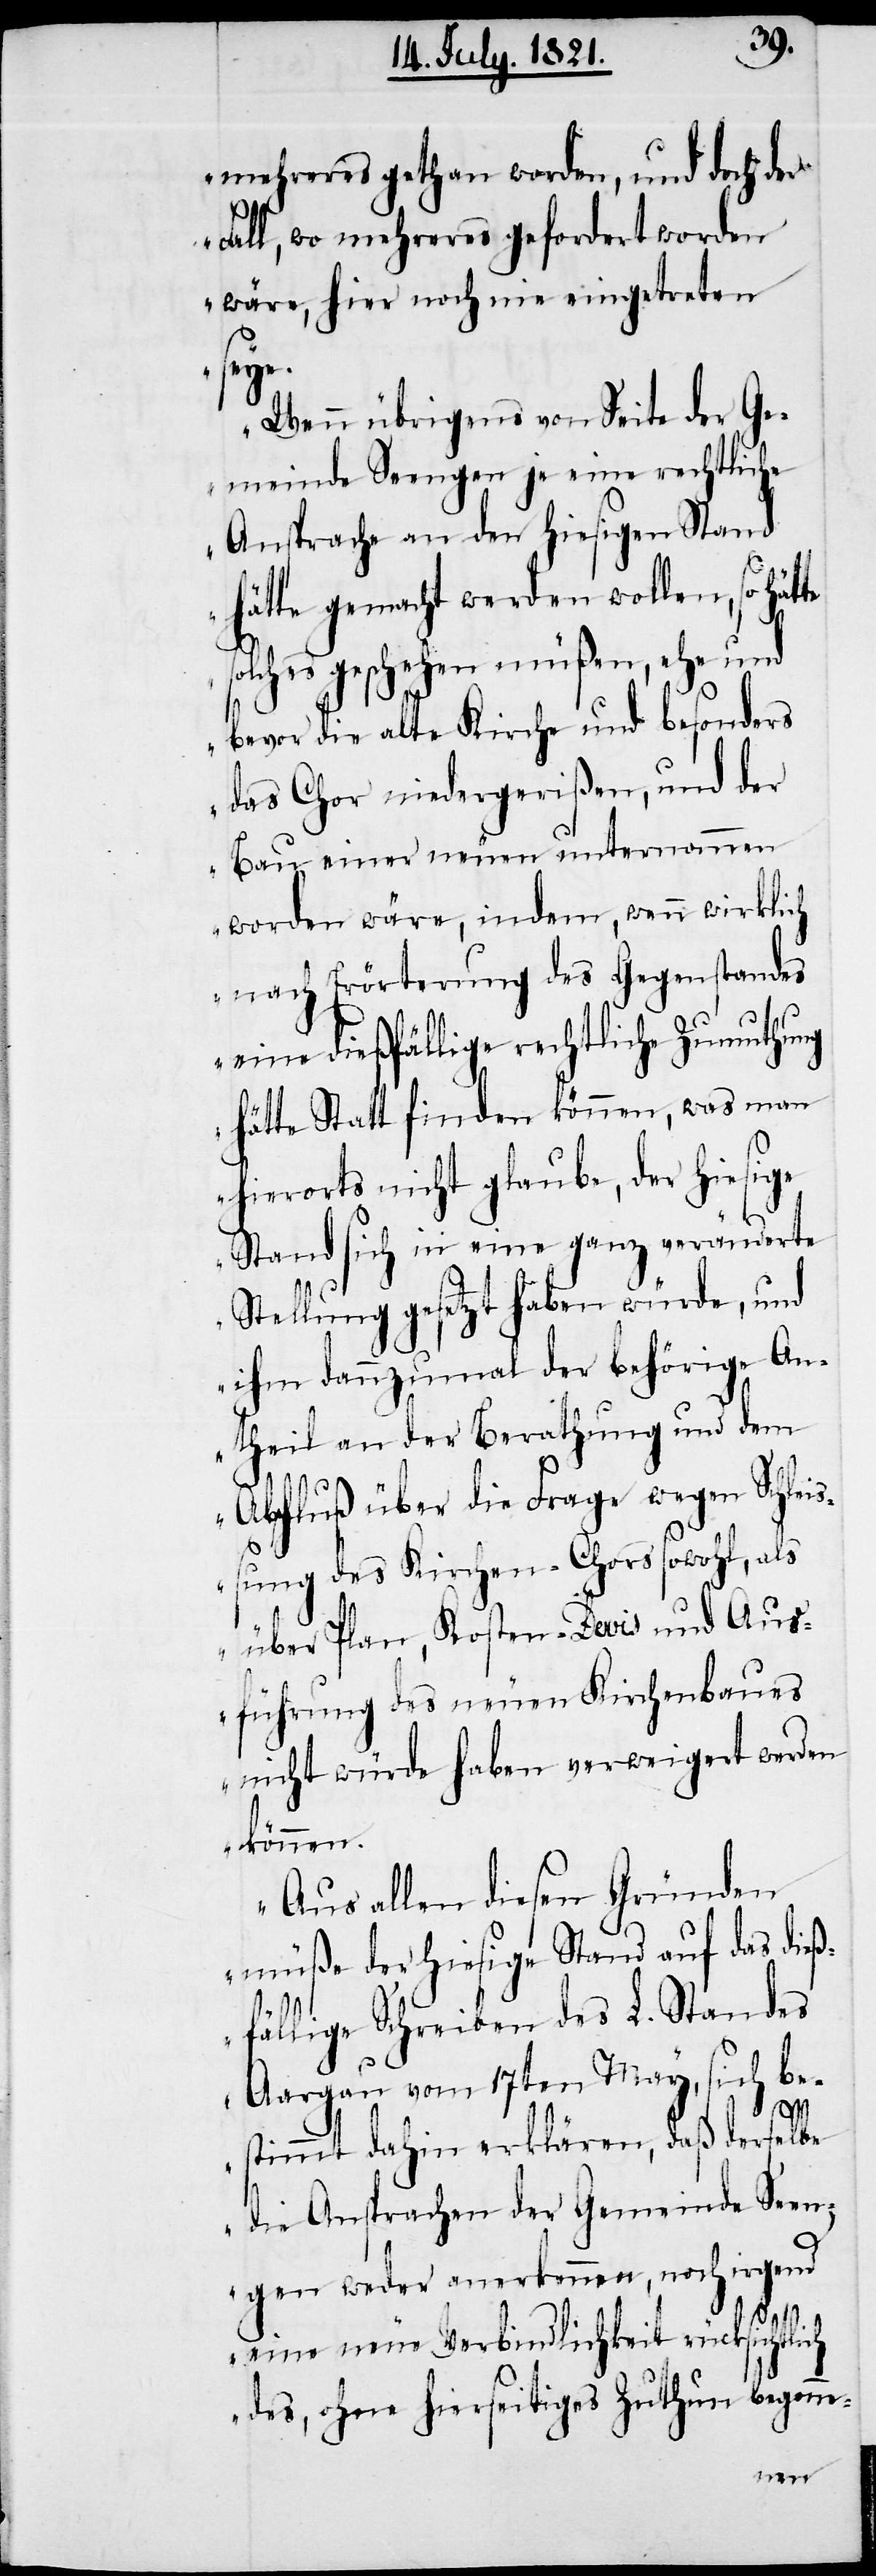
mehreres gethan worden, und doch der
Fall, wo mehreres gefordert worden
wäre, hier noch nie eingetreten
seye.
Wenn übrigens von Seite der Ge¬
meinde Seengen je eine rechtliche
Ansprache an den hiesigen Stand
hätte gemacht werden wollen, so hät¬
solches geschehen müßen, ehe und
bevor die alte Kirche und besonders
das Chor niedergerißen, und der
Bau einer neuen unternommen
worden wäre, indem, wenn wirklich
nach Erörterung des Gegenstandes
eine dießfällige rechtliche Zumuthung
hätte Statt finden können, was man
hierorts nicht glaube, der hiesige
Stand sich in eine ganz unveränderte
Stellung gesetzt haben würde, und
ihm dannzumal der behörige An¬
theil an der Berathung und dem
Abschluß über die Frage wegen Schlei¬
ßung des Kirchen-Chors sowohl, als
über Plan, Kosten-Devis und Aus¬
führung des neuen Kirchenbaues
nicht würde haben verweigert werden
können.
Aus allen diesen Gründen
müße der hiesige Stand auf das dieß¬
fällige Schreiben des L. Standes
Aargau vom 17ten May, sich be¬
stimmt dahin erklären, daß derselbe
die Ansprachen der Gemeinde Seen¬
gen weder anerkennen, noch irgend
te
eine neue Verbindlichkeit rücksichtlich
des, ohne hierseitiges Zuthun begon¬
ne-